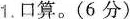
1.口算。(6分)